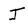
Character: J